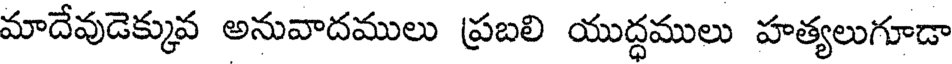
మాదేవుడెక్కువ అనువాదములు ప్రబలి యుద్ధములు హత్యలుగూడా